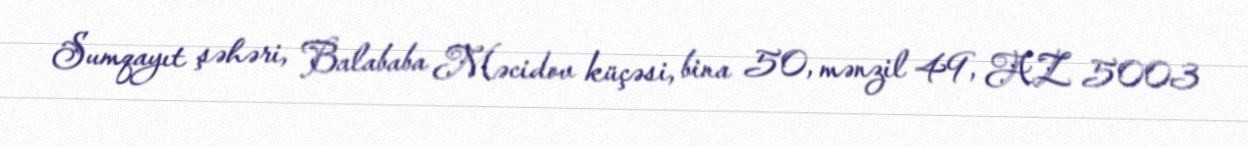
Sumqayıt şəhəri, Balababa Məcidov küçəsi, bina 50, mənzil 49, AZ 5003